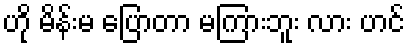
ဟို မိန်းမ ပြောတာ မကြားဘူး လား ဟင်